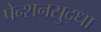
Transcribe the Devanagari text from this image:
पेन्शनसुद्धा